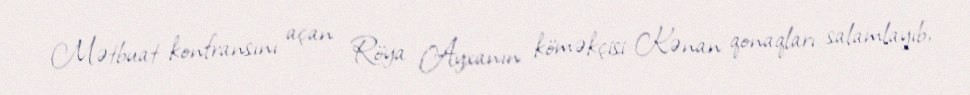
Mətbuat konfransını açan Röya Ayxanın köməkçisi Kənan qonaqları salamlayıb,